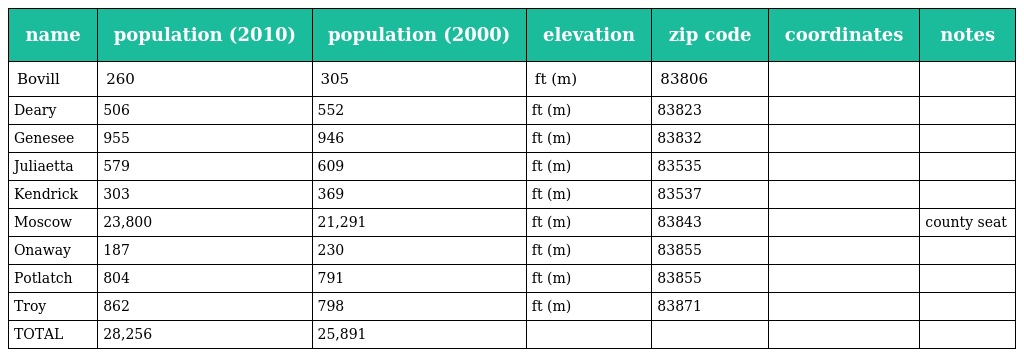
| name | population (2010) | population (2000) | elevation | zip code | coordinates | notes |
 | --- | --- | --- | --- | --- | --- | --- |
 | Bovill | 260 | 305 | ft (m) | 83806 |  |  |
 | Deary | 506 | 552 | ft (m) | 83823 |  |  |
 | Genesee | 955 | 946 | ft (m) | 83832 |  |  |
 | Juliaetta | 579 | 609 | ft (m) | 83535 |  |  |
 | Kendrick | 303 | 369 | ft (m) | 83537 |  |  |
 | Moscow | 23,800 | 21,291 | ft (m) | 83843 |  | county seat |
 | Onaway | 187 | 230 | ft (m) | 83855 |  |  |
 | Potlatch | 804 | 791 | ft (m) | 83855 |  |  |
 | Troy | 862 | 798 | ft (m) | 83871 |  |  |
 | TOTAL | 28,256 | 25,891 |  |  |  |  |